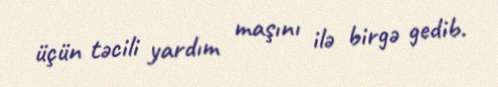
üçün təcili yardım maşını ilə birgə gedib.